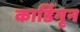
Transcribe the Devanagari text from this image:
कार्डिगृन